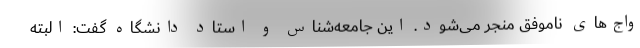
واج‌های ناموفق منجر می‌شود. این جامعه‌شناس و استاد دانشگاه گفت: البته